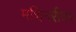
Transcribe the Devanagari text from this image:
मशिनरीवर